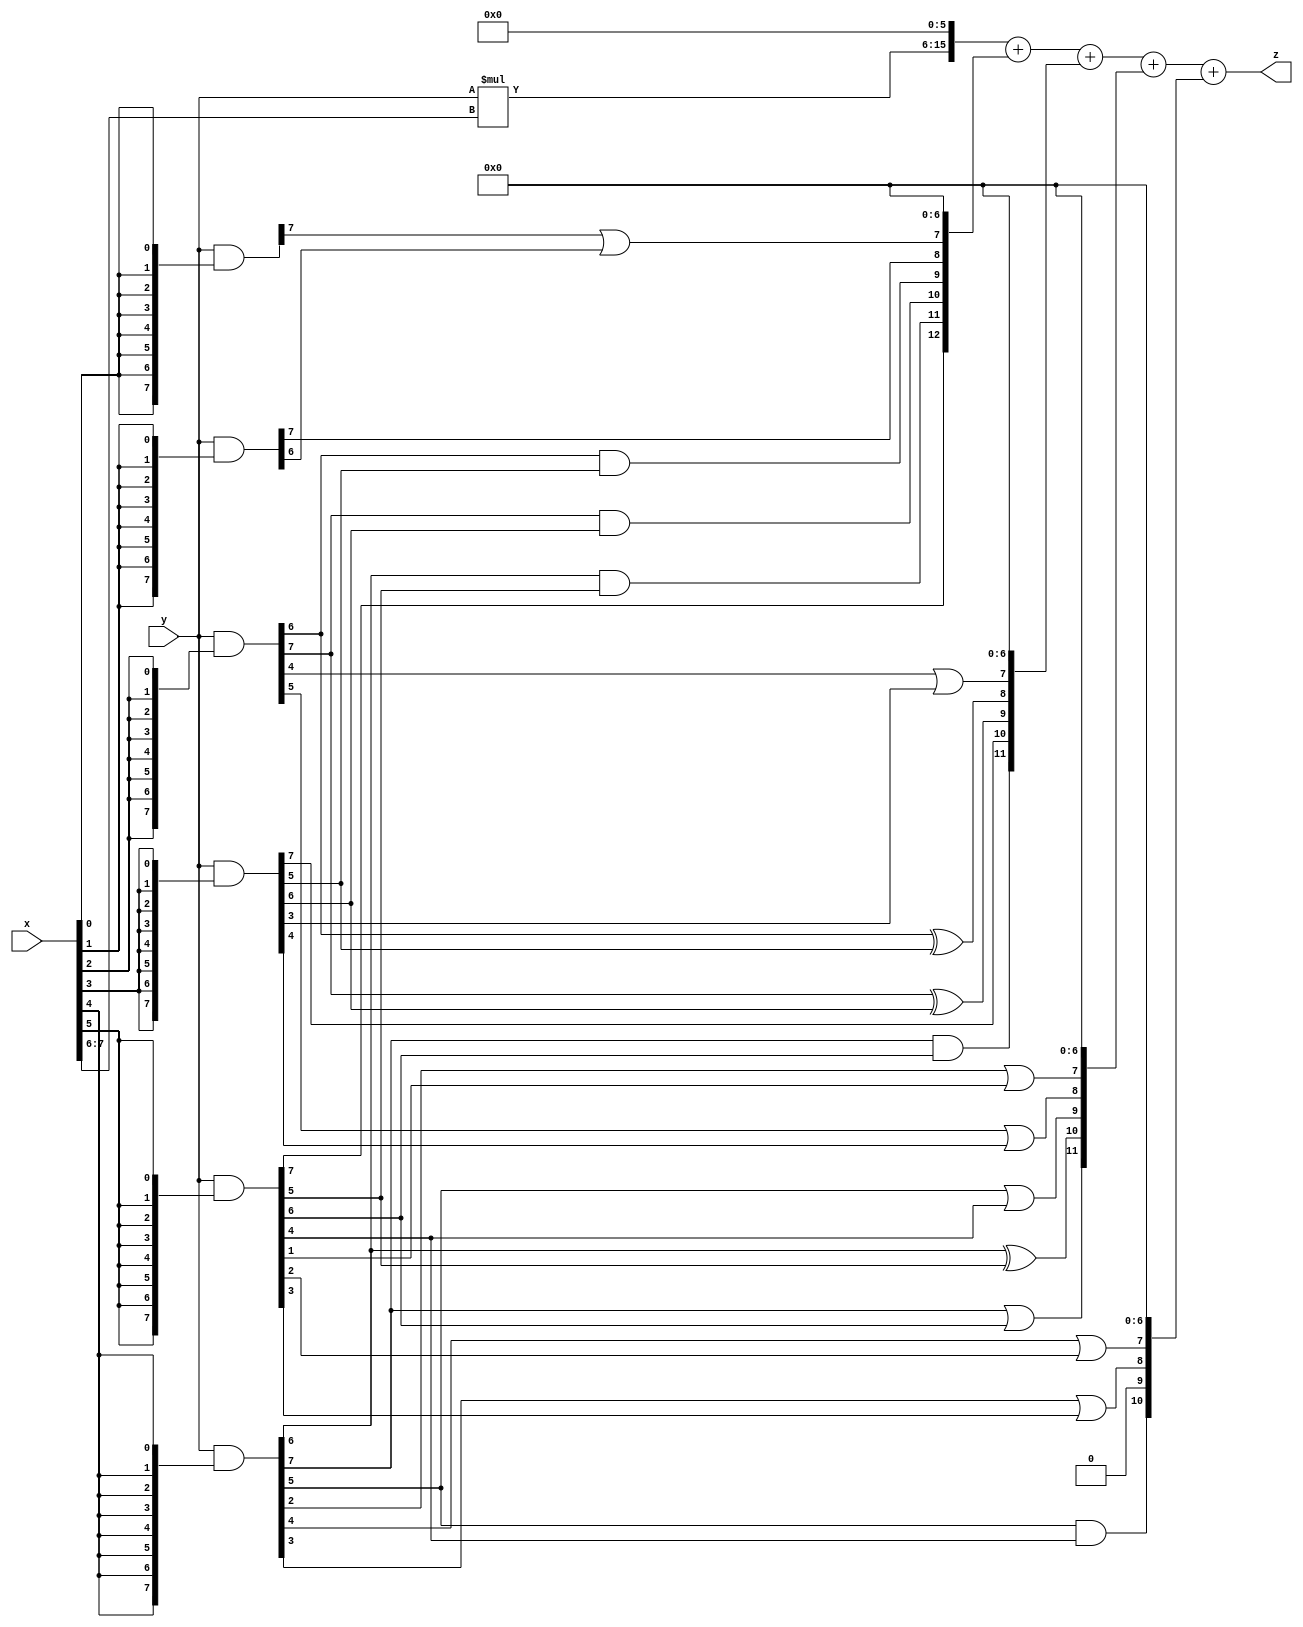
// terms: 19
// fval:  174978.25

module unsigned_exchange_8x8_l6_lamb8000_7 (
	input [7:0] x,
	input [7:0] y,
	output [15:0] z
);

wire [7:0] part1 =  y & {8{x[0]}};
wire [7:0] part2 =  y & {8{x[1]}};
wire [7:0] part3 =  y & {8{x[2]}};
wire [7:0] part4 =  y & {8{x[3]}};
wire [7:0] part5 =  y & {8{x[4]}};
wire [7:0] part6 =  y & {8{x[5]}};
wire [7:0] part7 =  y & {8{x[6]}};
wire [7:0] part8 =  y & {8{x[7]}};

wire [12:0] new_part1;
assign new_part1[0] = 0;
assign new_part1[1] = 0;
assign new_part1[2] = 0;
assign new_part1[3] = 0;
assign new_part1[4] = 0;
assign new_part1[5] = 0;
assign new_part1[6] = 0;
assign new_part1[7] = part1[7] | part2[6];
assign new_part1[8] = part2[7];
assign new_part1[9] = part3[6] & part4[5];
assign new_part1[10] = part3[7] & part4[6];
assign new_part1[11] = part5[6] & part6[5];
assign new_part1[12] = part6[7];

wire [11:0] new_part2;
assign new_part2[0] = 0;
assign new_part2[1] = 0;
assign new_part2[2] = 0;
assign new_part2[3] = 0;
assign new_part2[4] = 0;
assign new_part2[5] = 0;
assign new_part2[6] = 0;
assign new_part2[7] = part3[4] | part4[3];
assign new_part2[8] = part3[6] ^ part4[5];
assign new_part2[9] = part3[7] ^ part4[6];
assign new_part2[10] = part4[7];
assign new_part2[11] = part5[7] & part6[6];

wire [11:0] new_part3;
assign new_part3[0] = 0;
assign new_part3[1] = 0;
assign new_part3[2] = 0;
assign new_part3[3] = 0;
assign new_part3[4] = 0;
assign new_part3[5] = 0;
assign new_part3[6] = 0;
assign new_part3[7] = part5[2] | part6[1];
assign new_part3[8] = part3[5] | part4[4];
assign new_part3[9] = part5[5] | part6[4];
assign new_part3[10] = part5[6] ^ part6[5];
assign new_part3[11] = part5[7] | part6[6];

wire [10:0] new_part4;
assign new_part4[0] = 0;
assign new_part4[1] = 0;
assign new_part4[2] = 0;
assign new_part4[3] = 0;
assign new_part4[4] = 0;
assign new_part4[5] = 0;
assign new_part4[6] = 0;
assign new_part4[7] = part5[4] | part6[2];
assign new_part4[8] = part5[3] | part6[3];
assign new_part4[9] = 0;
assign new_part4[10] = part5[5] & part6[4];

wire [9:0] tmp_z = y*x[7:6];

assign z = {tmp_z, 6'd 0} + new_part1 + new_part2 + new_part3 + new_part4;

endmodule